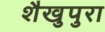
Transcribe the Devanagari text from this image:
शैखुपुरा